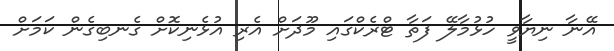
އޭނާ ނިޔާވީ ހުޅުމާލޭ ފަތާ ޓްރެކްގައި މޫދަށް އެރި އުޅެނިކޮށް ގެނބިގެން ކަމަށް